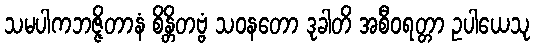
သမပါကဘဇ္ဇိတာနံ စိန္တိတဗ္ဗံ သဝနတော ဒုခါတိ အစီဝရတ္တာ ဥပါယေသု